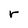
Character: r